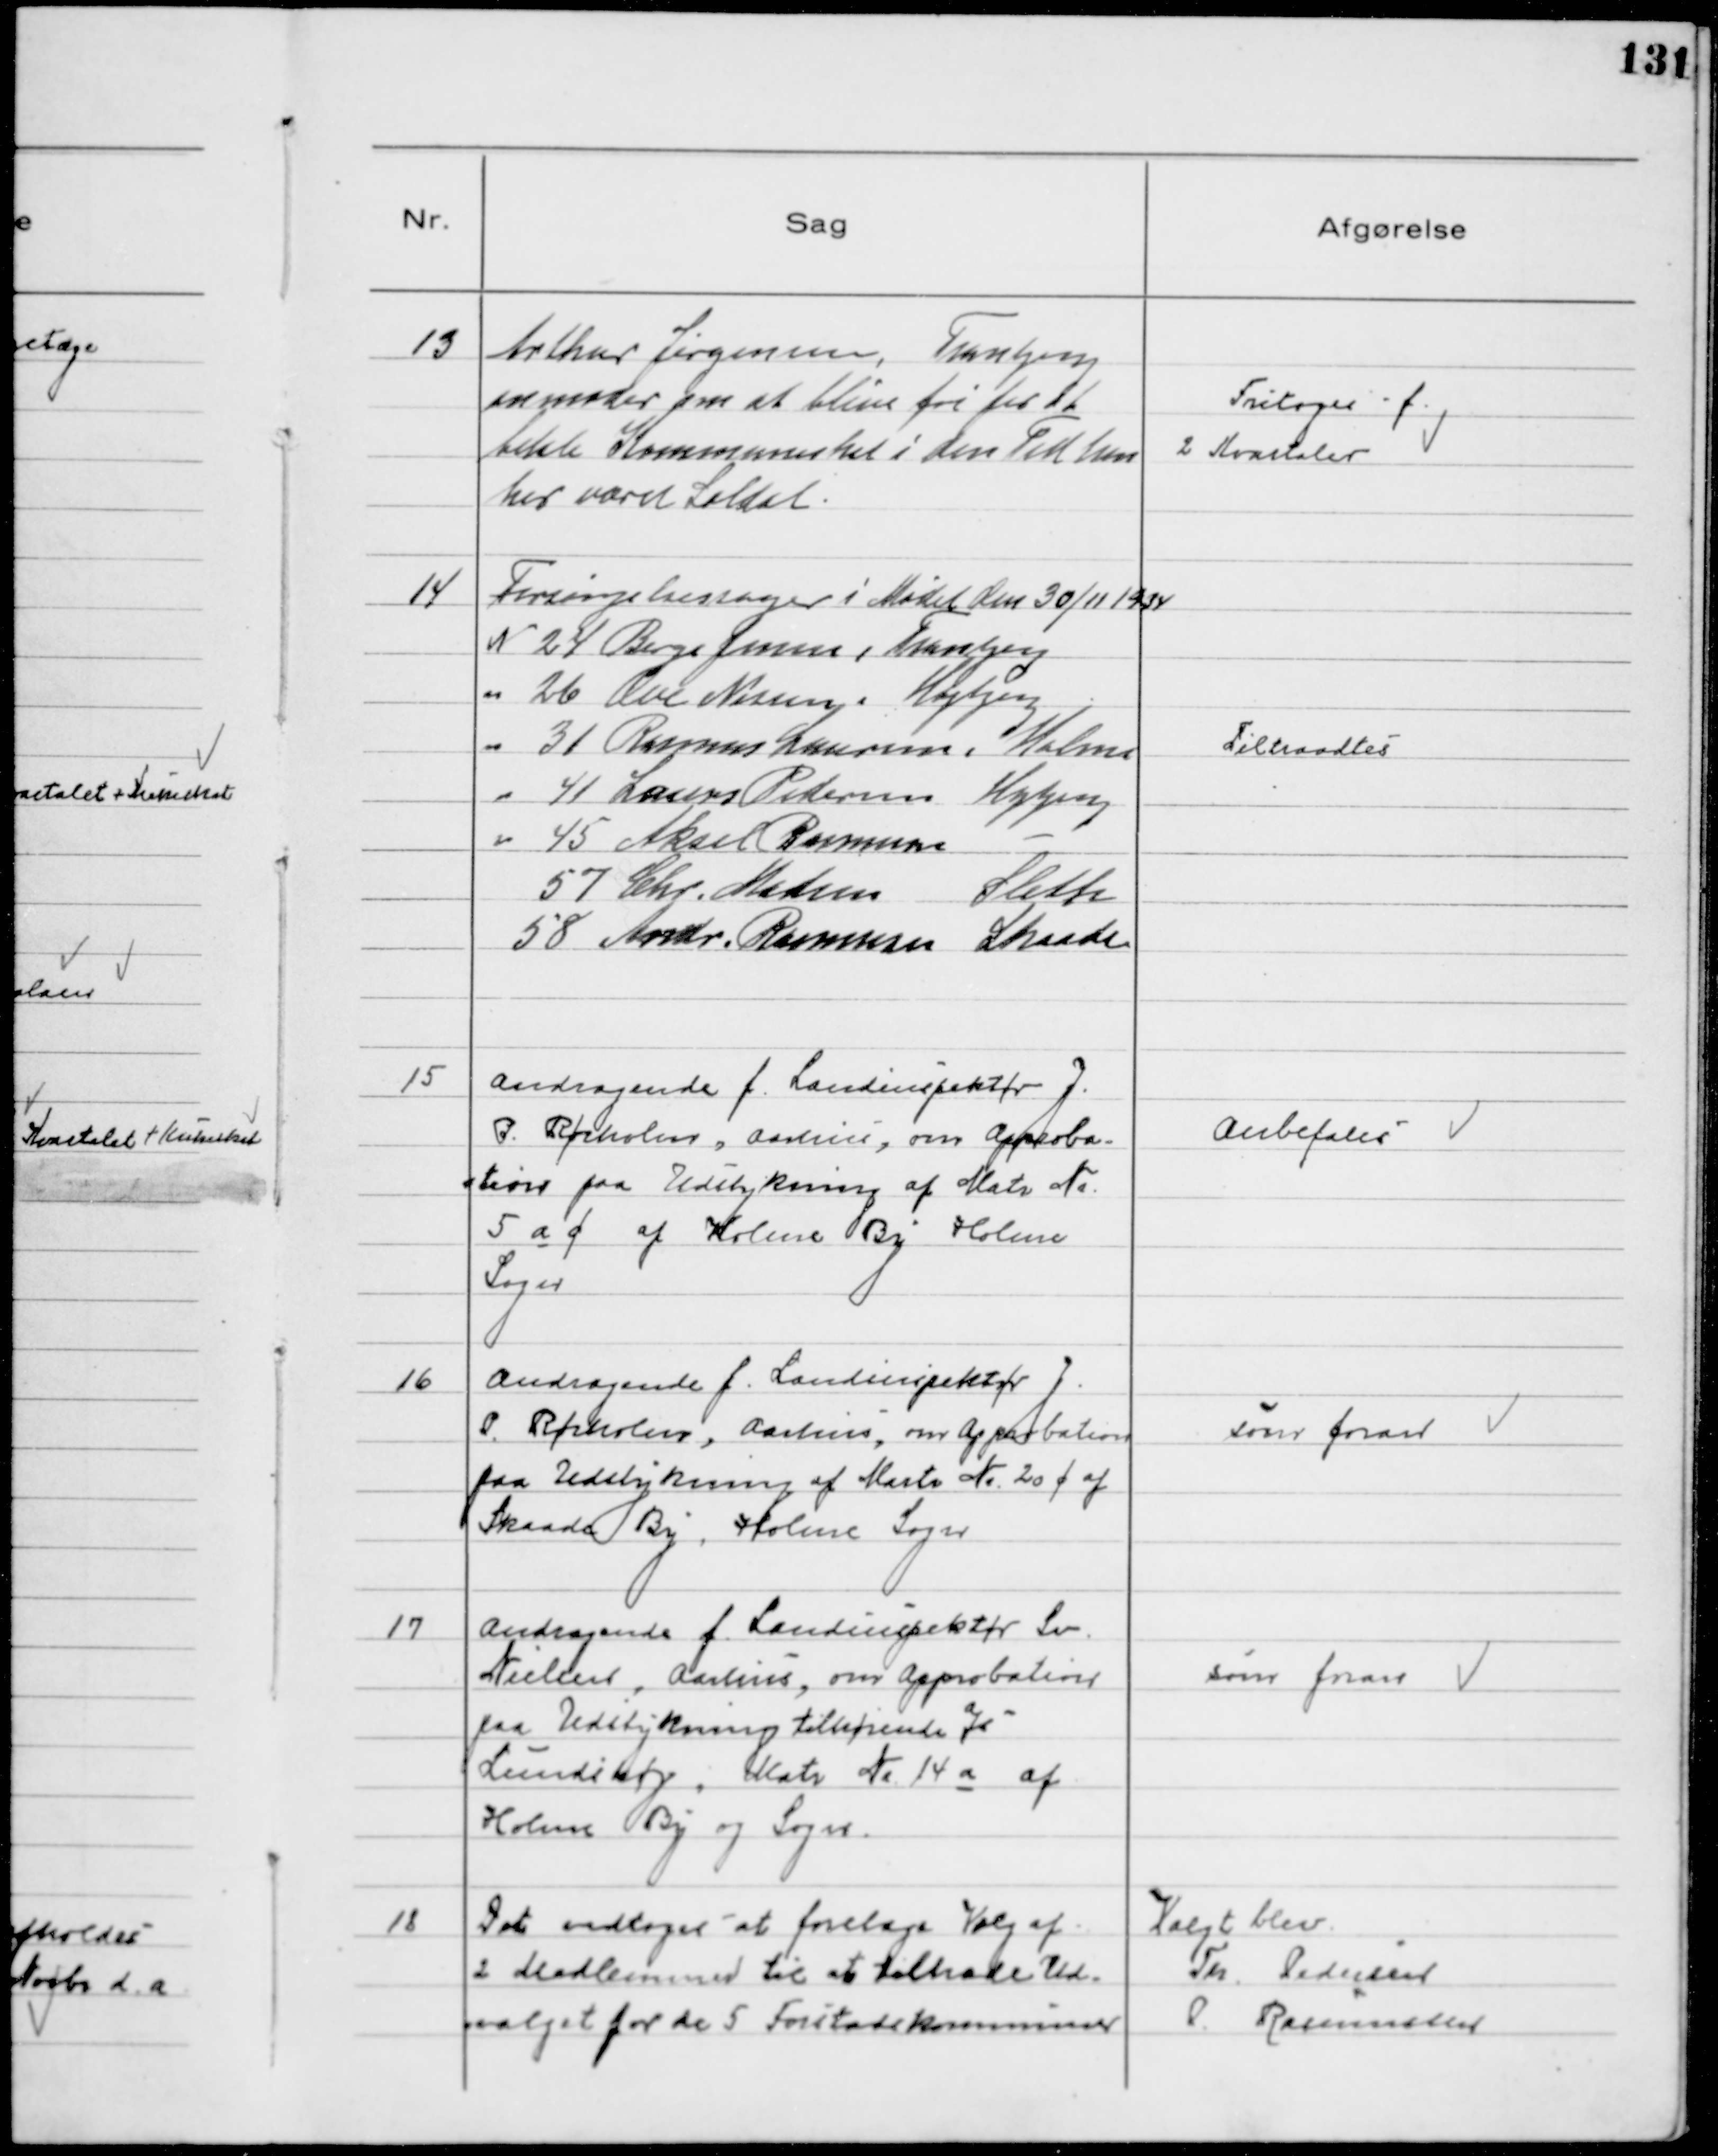
Transskription:
13
Arthur Jørgensen, Tranbjerg
anmoder om at blive fri for at
betale Kommuneskat i den Tid han
har været Soldat.

Fritages f.
2 Kvartaler

14
Forsørgelsessager i Mødet den 30/11 1934
N 24 Børge Jensen, Tranbjerg
26 Ove Nissen, Højbjerg
31 Rasmus Laursen, Holme
41 Laurs Pedersen Højbjerg
45 Aksel Rasmussen  
57 Chr. Madsen Sleth
58 Andr. Rasmusen Skaade

Tiltraadtes

15
Andragende f. Landinspektør J.
P. Rørholm, Aarhus, om Approba-
-tion paa Udstykning af Matr №
5 a c af Holme By Holme
Sogn

Anbefales

16
Andragende f. Landinspektør J.
P. Rørholm, Aarhus, om Approbation
paa Udstykning af Martr № 20 c af
Skaade By, Holme Sogn

som foran

17
 Andragende f. Landinspektør Sv.
Nielsen, Aarhus, om Approbation
paa Udstykning tilhørende a/s
Lundshøj, Matr № 14 a af
Holme By og Sogn

som foran

18
Det vedtoges at foretage Valg af
2 Medlemmer til at tiltræde Ud-
-valget for de 5 Forstadskommuner

Valgt blev
Th. Pedersen
P. Rasmussen